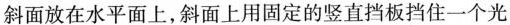
斜面放在水平面上，斜面上用固定的竖直挡板挡住一个光